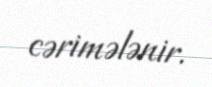
cərimələnir.